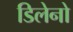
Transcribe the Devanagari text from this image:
डिलेनो